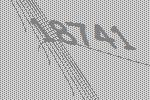
18741